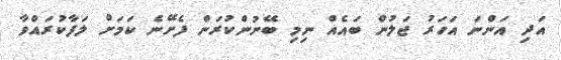
އަދި އަންނަ އަހަރު ޖަލުން ބައެއް ނިމި ބޭނުންކުރަން ފެށޭނެ ކަމަށް ލަފާކުރައްވާ